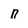
Character: n